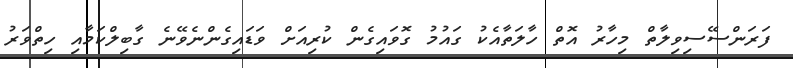
ފަރަންސޭސިވިލާތް މިހާރު އޮތް ހާލަތާއެކު ގައުމު ގޮވައިގެން ކުރިއަށް ވަޑައިގެންނެވޭނެ ގާބިލްކަމާއި ހިތްވަރު